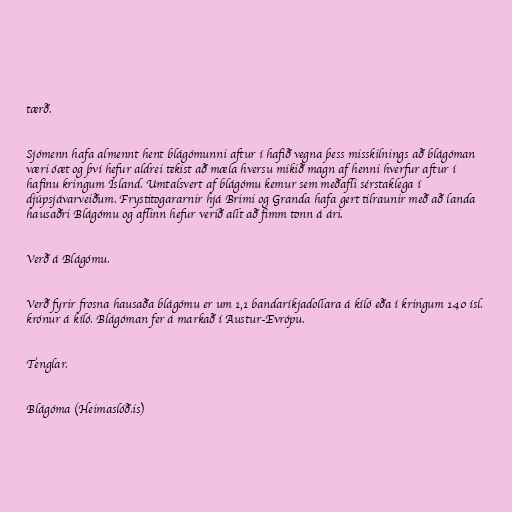
tærð.

Sjómenn hafa almennt hent blágómunni aftur í hafið vegna þess misskilnings að blágóman
væri óæt og því hefur aldrei tekist að mæla hversu mikið magn af henni hverfur aftur í
hafinu kringum Ísland. Umtalsvert af blágómu kemur sem meðafli sérstaklega í
djúpsjávarveiðum. Frystitogararnir hjá Brimi og Granda hafa gert tilraunir með að landa
hausaðri Blágómu og aflinn hefur verið allt að fimm tonn á ári.

Verð á Blágómu.

Verð fyrir frosna hausaða blágómu er um 1,1 bandaríkjadollara á kíló eða í kringum 140 ísl.
krónur á kíló. Blágóman fer á markað í Austur-Evrópu.

Tenglar.

Blágóma (Heimaslóð.is)